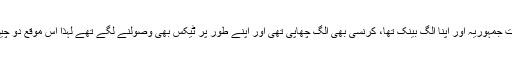
چانکہ چینی سوویت جمہوریہ اور اپنا الگ بینک تھا، کرنسی بھی الگ چھاپی تھی اور اپنے طور پر ٹیکس بھی وصولنے لگے تھے لہذا اس موقع دو چین کی ابتدا مانا گیا۔